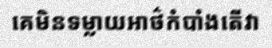
គេមិនទម្លាយអាថ៌កំបាំងតើវា